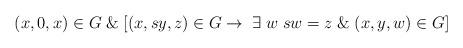
LaTeX: \begin{align*}(x,0,x)\in G \; \& \; [(x,sy,z)\in G \rightarrow \; \exists \; w \; sw=z \; \&\; (x,y,w)\in G]\end{align*}